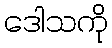
ဒေါသကို